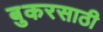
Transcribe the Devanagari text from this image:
बुकरसाठी